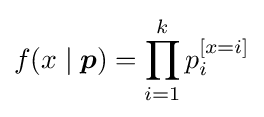
f(x\mid {\boldsymbol {p}})=\prod _{i=1}^{k}p_{i}^{[x=i]}